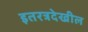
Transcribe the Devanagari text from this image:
इतरत्रदेखील